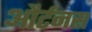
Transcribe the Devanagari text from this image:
और्टनस